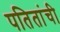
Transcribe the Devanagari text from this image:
पतितांची